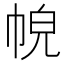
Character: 𢂹